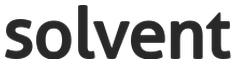
solvent